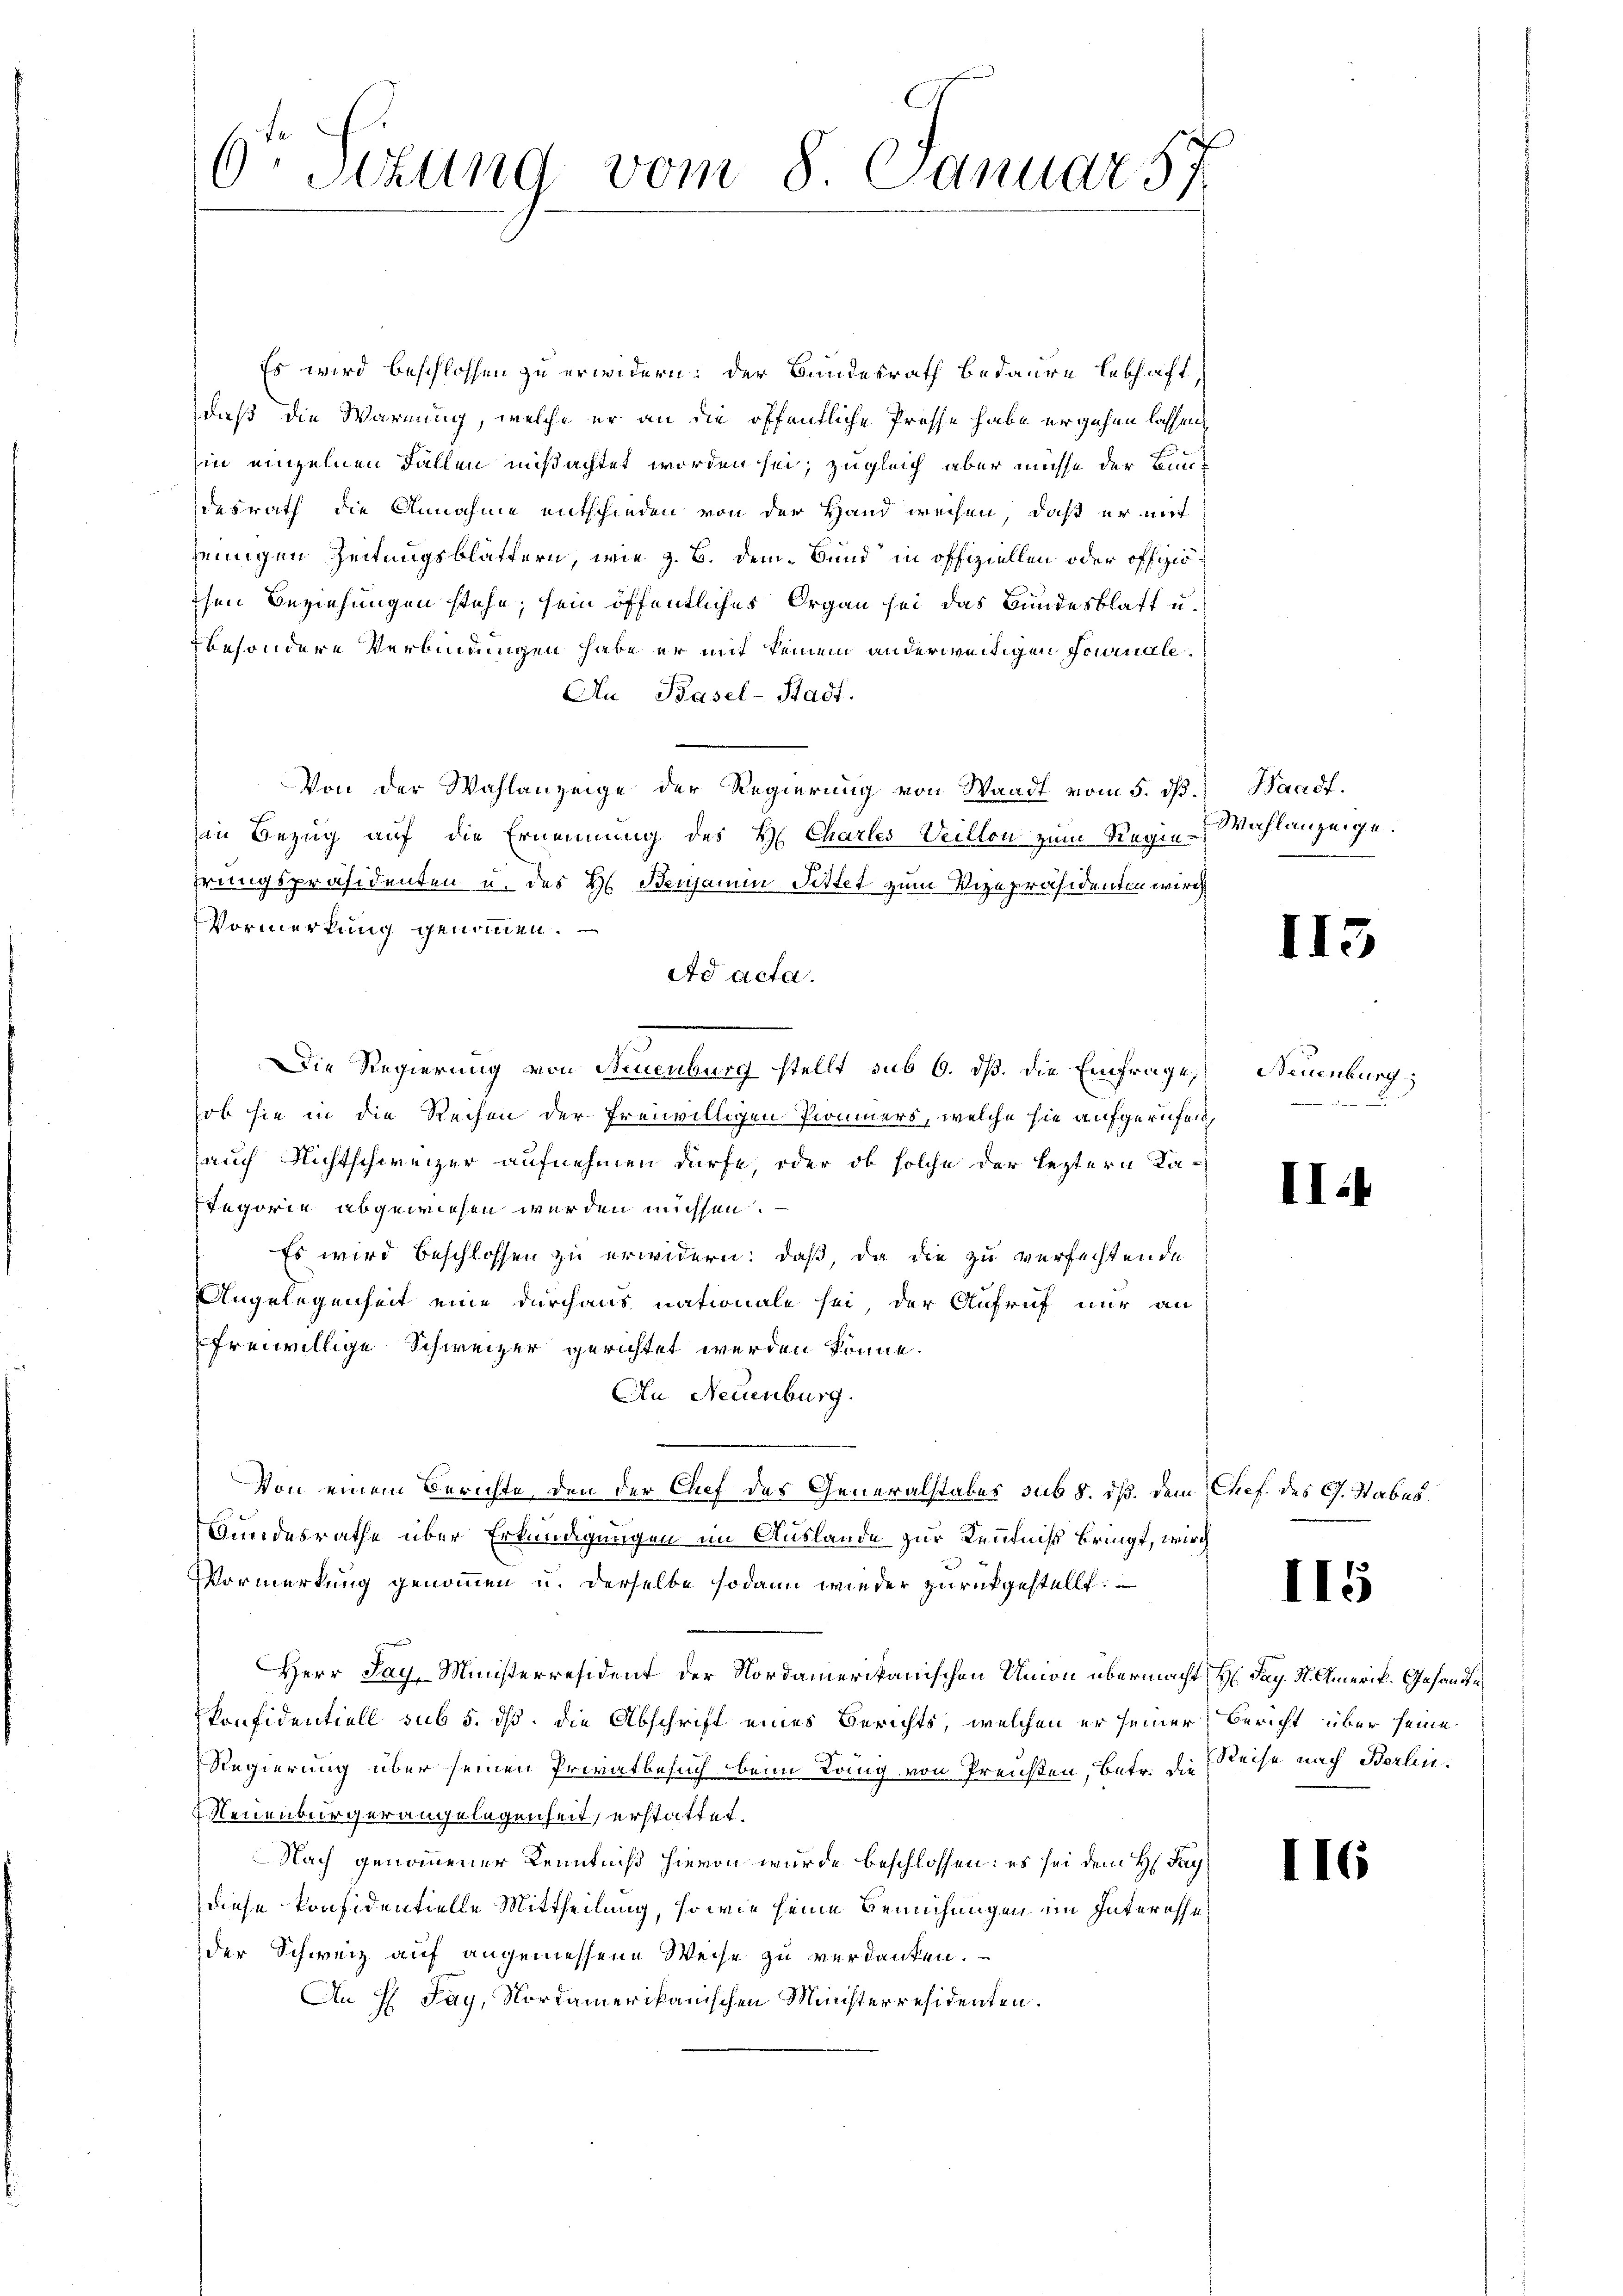
.
Stzung vom 8. Januar 57

Es wird beschlossen zu erwidern: der Bundesrath bedaure lebhaft
daß die Warnung, welche er an die öffentliche Presse habe ergehen lassen,
Ein einzelnen Fallen mißachtet worden sei, zugleich aber müsse der Bundesrath die Annahme entschieden von der Hand weisen, daß er mit
jenigen Zeitungsblättern, wie z. B. dem Bund in offiziellen oder offiziosen Beziehungen stehe, sein öffentliches Organ sei das Bundesblatt u.
besondere Verbindungen habe er mit seinem anderweitigen Journale
An Basel-Stadt.
Von der Wahlanzeige der Regierung von Waadt vom 5. dβ. Waadt.
in Bezug auf die Ernennung des H. Chartes Weillon zum Regiehrungspräsidenten u. des Hs. Beisamm Pittet zum Vizepräsidenten wird
Vormerkung genommen.
dd acta.
Die Regierung von Neuenburg stellt sub 6. dß. Die Einfrage, Neuenburg,
hob sie in die Rechen der freiwilligen Prommers, welche sie aufgerufen,
auch Nichtschweizer aufnehmen dürfe, oder ob solche der leztern Ka¬
Stegorie abgewiesen werden müssen.
Es wird beschlossen zu erwidern: daß, da die zu verfechtende
Angelegenheit eine durchaus nationale sei, der Aufruf nur an
freiwillige Schweizer gerichtet werden könne.
Au Neuenburg.
Von einem Berichte, den der Chef des Generalstabes sub 5. dß dem Chef. des G. Stabes.
Bundesrathe über Erkundigungen im Auslande zur Kenntniß bringt, wird
Vormerkung genommen u. derselbe sodann wieder zurückgestellt.
Herr Pay, Ministerresident der Nordamerikanischen Union übermacht Hr. Pag. St. Amerik. Gesandtkonfidentiell sub 5. dß. die Abschrift eines Berichts, welchen er seiner Bericht über seine
Regierung über seinen Privatbesuch beim Lang von Preußen, betr. die Reise nach Berlin¬
Neuenburger angelegenheit, erstattet.
Nach genommener Kenntniß hievon wurde beschlossen: es sei dem H Pay
diese Präsidentielle Mittheilung, sowie seine Bemühungen im Interesse
der Schweiz auf angemessene Weise zu verdanken.
An H. Pay, Nordamerikanischen Ministerresidenten.

Wahlanzeige.

I13

II.1

II5

II6